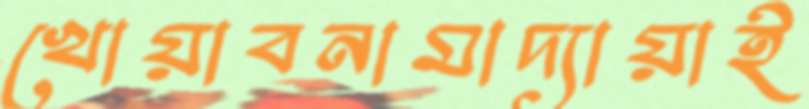
খোয়াবনামাদ্যায়াই